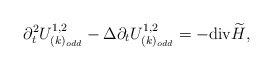
\begin{align*}\partial_{t}^{2}U^{1,2}_{(k)_{odd}}-\Delta\partial_{t} U^{1,2}_{(k)_{odd}}= -{\rm div}\widetilde H,\end{align*}